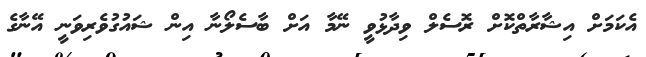
އެކަމަށް އިޝާރާތްކޮށް ރޮސެލް ވިދާޅުވީ ނޭމާ އަށް ބާސެލޯނާ އިން ޝައުގުވެރިވަނީ އޭނާގެ